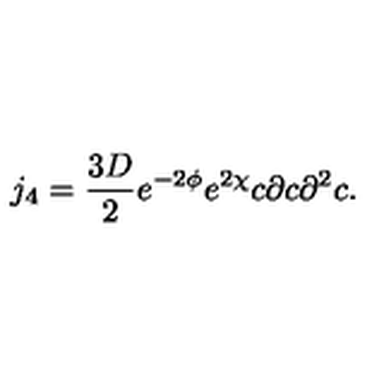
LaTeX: j _ { 4 } = \frac { 3 D } { 2 } e ^ { - 2 \phi } e ^ { 2 \chi } c \partial c { \partial } ^ { 2 } c .